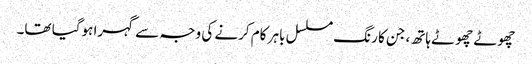
چھوٹے چھوٹے ہاتھ، جن کا رنگ مسلسل باہر کام کرنے کی وجہ سے گہرا ہوگیا تھا۔